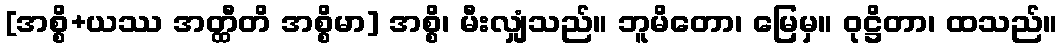
[အစ္စိ+ယဿ အတ္ထီတိ အစ္စိမာ] အစ္စိ၊ မီးလျှံသည်။ ဘူမိတော၊ မြေမှ။ ဝုဋ္ဌိတာ၊ ထသည်။